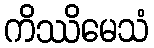
ကိဿိမေသံ